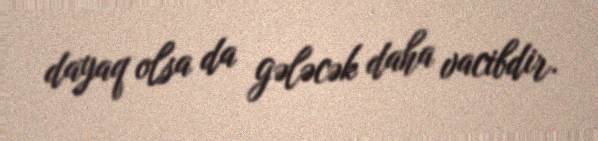
dayaq olsa da gələcək daha vacibdir.